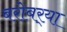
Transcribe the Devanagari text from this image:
बरोबर्‍या